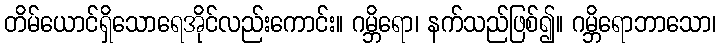
တိမ်ယောင်ရှိသောရေအိုင်လည်းကောင်း။ ဂမ္ဘိရော၊ နက်သည်ဖြစ်၍။ ဂမ္ဘိရောဘာသော၊